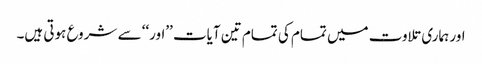
اور ہماری تلاوت میں تمام کی تمام تین آیات ’’اور‘‘ سے شروع ہوتی ہیں۔